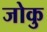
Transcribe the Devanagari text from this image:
जोकु